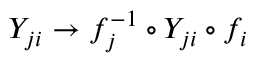
Y _ { j i } \to f _ { j } ^ { - 1 } \circ Y _ { j i } \circ f _ { i }